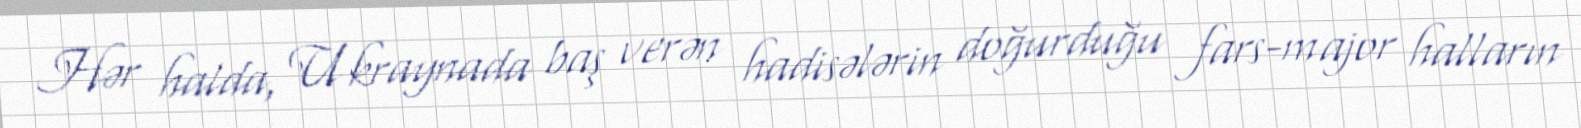
Hər halda, Ukraynada baş verən hadisələrin doğurduğu fars-major halların